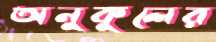
অনুকুলের